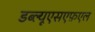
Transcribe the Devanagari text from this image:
डब्ल्यूएसएफ़एल